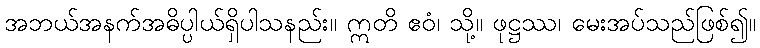
အဘယ်အနက်အဓိပ္ပါယ်ရှိပါသနည်း။ ဣတိ ဧဝံ၊ သို့။ ဖုဋ္ဌဿ၊ မေးအပ်သည်ဖြစ်၍။